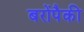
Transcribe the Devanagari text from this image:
बरोंपैकी